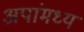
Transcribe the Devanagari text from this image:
अपांमध्य